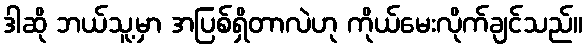
ဒါဆို ဘယ်သူ့မှာ အပြစ်ရှိတာလဲဟု ကိုယ်မေးလိုက်ချင်သည်။